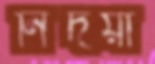
নির্দয়া